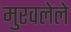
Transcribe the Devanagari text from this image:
मुरवलेले